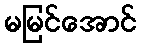
မမြင်အောင်